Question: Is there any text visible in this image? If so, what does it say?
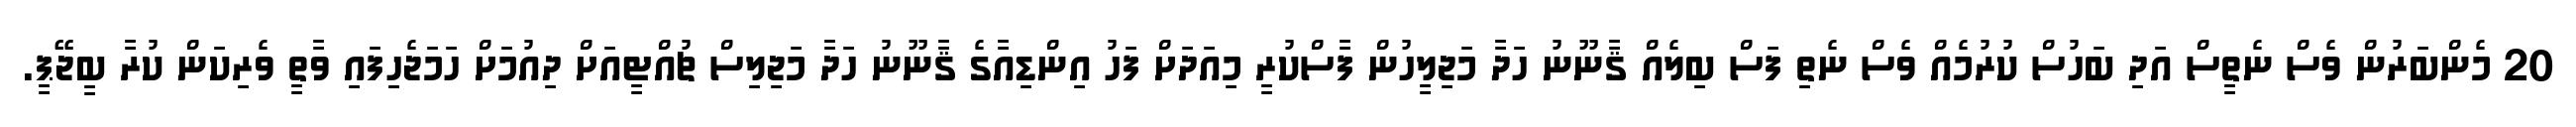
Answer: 20 މެންބަރުން ވެސް ނެތީސް އަދި ބަހުސް ކުރުމެއް ވެސް ނެތި ފަސް ބިލެއް ޤާނޫނު ހަދާ މަޖިލީހުން ފާސްކުރީ މިއަދަށް ފަހު އިންޑިއާގެ ޤާނޫނު ހަދާ މަޖިލިސް ޗުއްޓީއަށް ދިއުމަށް ހަމަޖެހިފައި ވާތީ ވެރިކަން ކުރާ ބީޖޭޕީ.